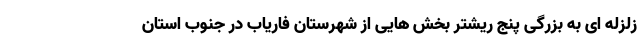
زلزله ای به بزرگی پنج ریشتر بخش هایی از شهرستان فاریاب در جنوب استان